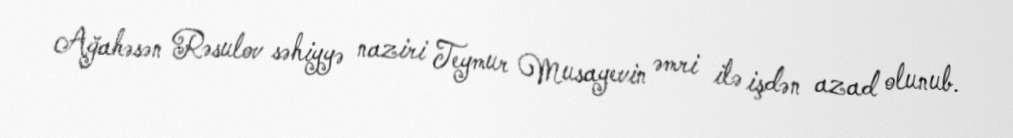
Ağahəsən Rəsulov səhiyyə naziri Teymur Musayevin əmri ilə işdən azad olunub.